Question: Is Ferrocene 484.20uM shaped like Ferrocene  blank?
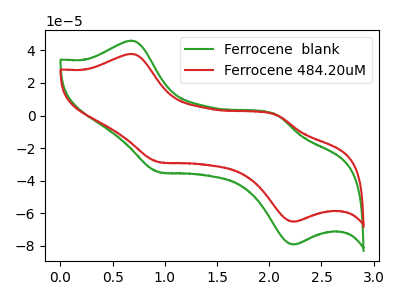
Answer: <think>The green curve "Ferrocene  blank" has anodic peaks at (0.70V, 45.95uA) (2.05V, 0.30uA) and cathodic peaks at (0.95V, -34.60uA) (2.25V, -79.10uA). The red curve "Ferrocene 484.20uM" has anodic peaks at (0.70V, 37.85uA) (2.05V, 0.25uA) and cathodic peaks at (0.95V, -28.50uA) (2.25V, -65.10uA).
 All the peaks in "Ferrocene 484.20uM" have a peak in "Ferrocene  blank" at the same potential. Every peak in "Ferrocene 484.20uM" is lower than every peak in "Ferrocene  blank".</think>
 <answer>"Ferrocene 484.20uM" and "Ferrocene  blank" are similar in shape.</answer>
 <eval>same_shape</eval>